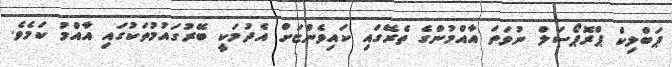
ޕަބްލިކް ޕްރޮޕޯސަލް ނުވަތަ އާއްމުންގެ ތެރޭގައި ކައިވެންޏަށް އެދުމަކީ ބޭރުގައުމުތަކުގައި އާއްމު ކަމެވެ.